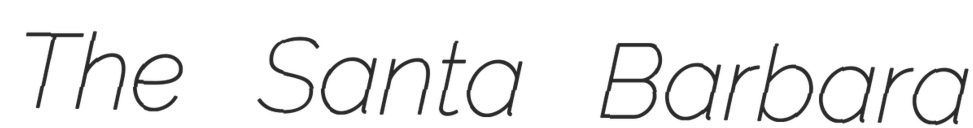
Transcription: The Santa Barbara